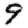
Digit: 9